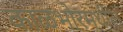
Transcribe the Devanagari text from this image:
काळभोरमधील